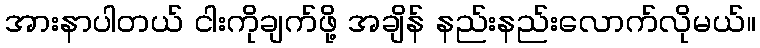
အားနာပါတယ် ငါးကိုချက်ဖို့ အချိန် နည်းနည်းလောက်လိုမယ်။